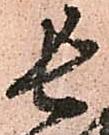
長